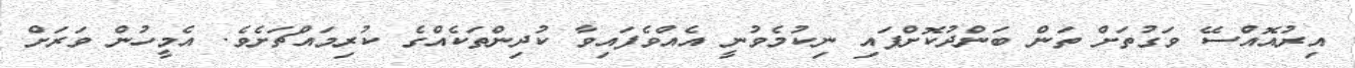
އިރުއޮއްސޭ ވަގުތަށް ތަން ބަންދުކޮށްފައި ނިކުމެވުނީ އެއްވެފައިވާ ކުދިންތަކެއްގެ ކުރިމައްޗަށެވެ. އެމީހުން ވަރަށް